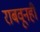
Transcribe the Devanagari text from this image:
राबवूनही